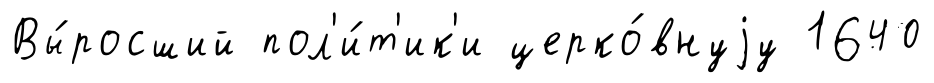
Вы́росший пол'и́т'ик'и церко́внуjу 1640